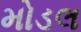
મોડલ